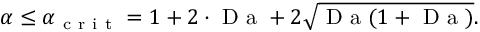
\alpha \leq \alpha _ { \mathrm { ~ c ~ r ~ i ~ t ~ } } = 1 + 2 \cdot \mathrm { ~ D ~ a ~ } + 2 \sqrt { \mathrm { ~ D ~ a ~ } ( 1 + \mathrm { ~ D ~ a ~ } ) } .